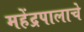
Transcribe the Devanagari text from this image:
महेंद्रपालाचे